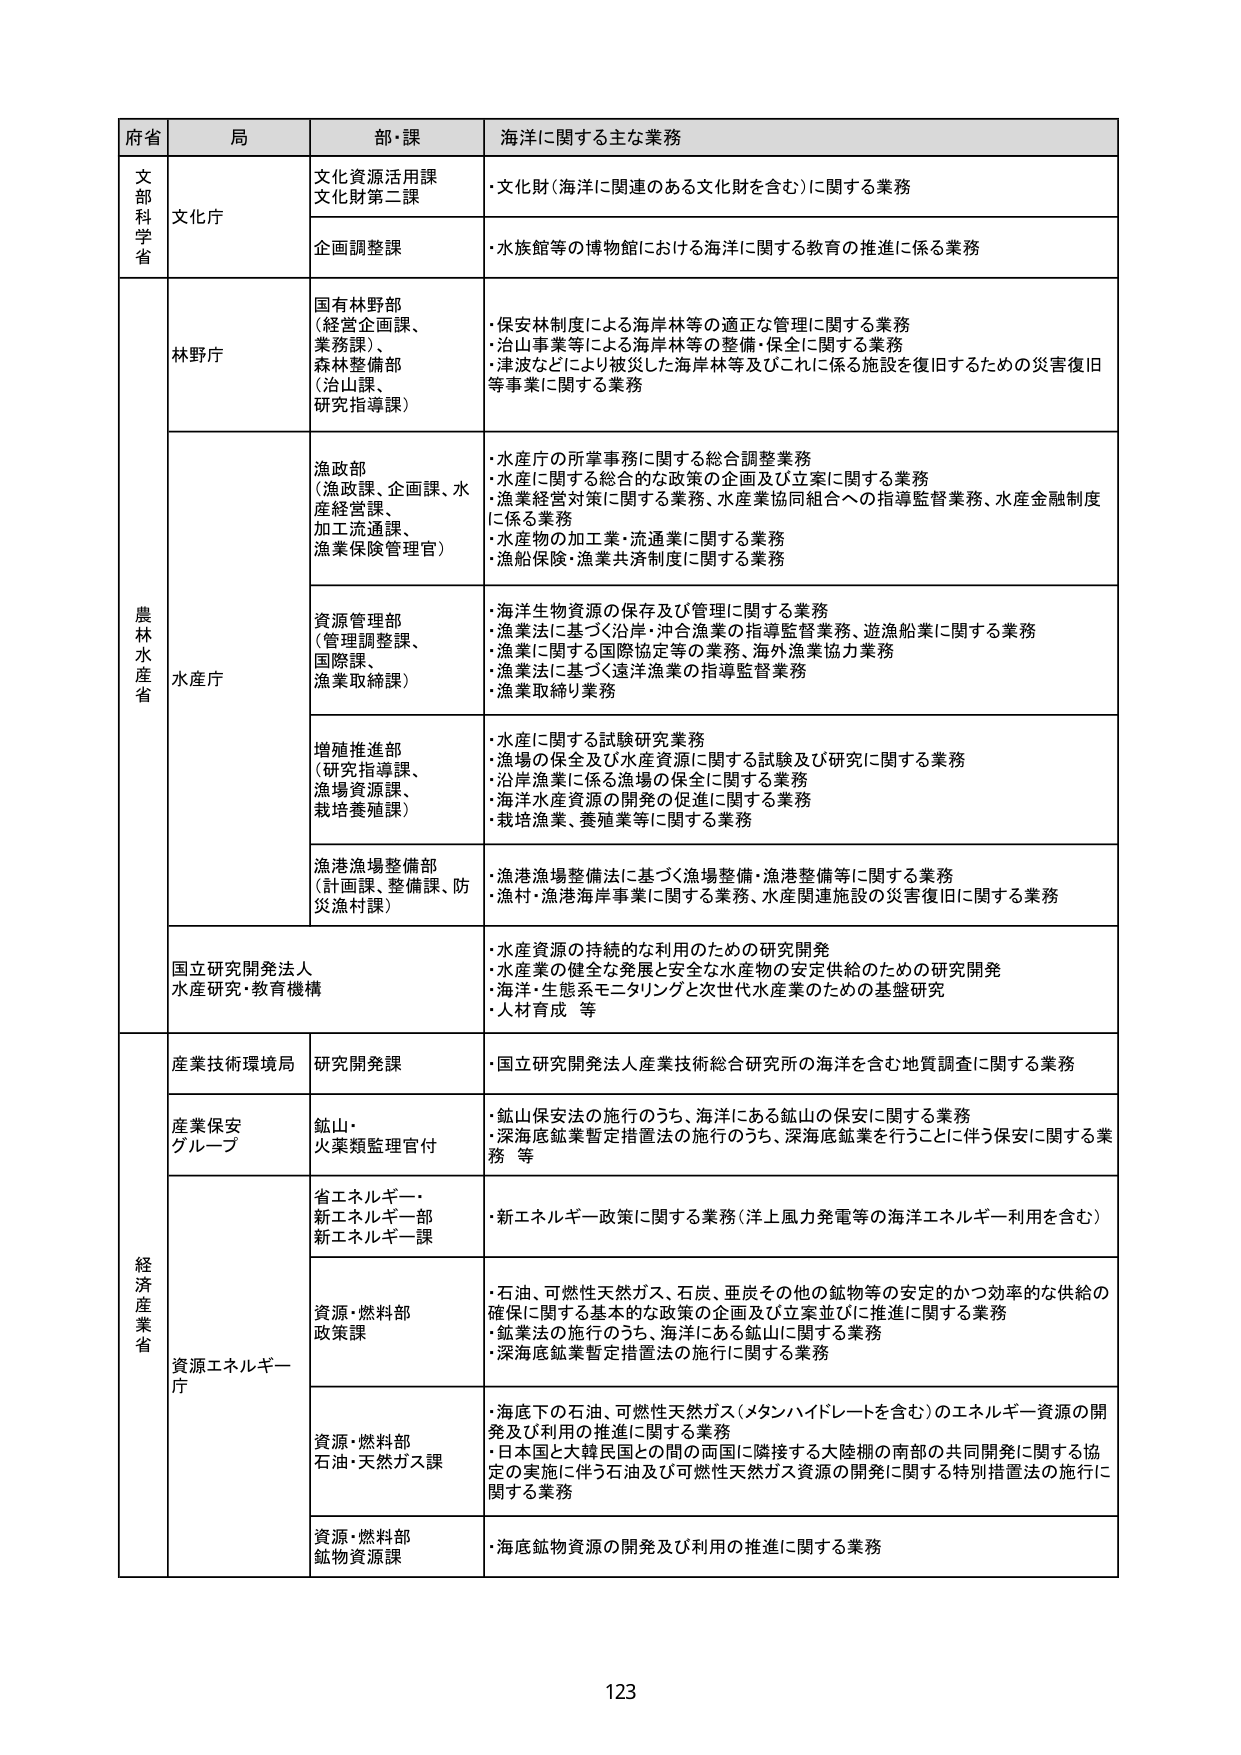
府省 局 部・課 海洋に関する主な業務
文部科学省 文化庁 文化資源活用課 文化財第二課 ・文化財（海洋に関連のある文化財を含む）に関する業務
企画調整課 ・水族館等の博物館における海洋に関する教育の推進に係る業務
林野庁 国有林野部 （経営企画課、 業務課）、 森林整備部 （治山課、 研究指導課） ・保安林制度による海岸林等の適正な管理に関する業務 ・治山事業等による海岸林等の整備・保全に関する業務 ・津波などにより被災した海岸林等及びこれに係る施設を復旧するための災害復旧等事業に関する業務
農林水産省 水産庁 漁政部 （漁政課、企画課、水 産経営課、 加工流通課、 漁業保険管理官） ・水産庁の所掌事務に関する総合調整業務 ・水産に関する総合的な政策の企画及び立案に関する業務 ・漁業経営対策に関する業務、水産業協同組合への指導監督業務、水産金融制度 に係る業務 ・水産物の加工業・流通業に関する業務 ・漁船保険・漁業共済制度に関する業務
資源管理部 （管理調整課、 国際課、 漁業取締課） ・海洋生物資源の保存及び管理に関する業務 ・漁業法に基づく沿岸・沖合漁業の指導監督業務、遊漁船業に関する業務 ・漁業に関する国際協定等の業務、海外漁業協力業務 ・漁業法に基づく遠洋漁業の指導監督業務 ・漁業取締り業務
増殖推進部 （研究指導課、 漁場資源課、 栽培養殖課） ・水産に関する試験研究業務 ・漁場の保全及び水産資源に関する試験及び研究に関する業務 ・沿岸漁業に係る漁場の保全に関する業務 ・海洋水産資源の開発の促進に関する業務 ・栽培漁業、養殖業等に関する業務
漁港漁場整備部 （計画課、整備課、防 災漁村課） ・漁港漁場整備法に基づく漁場整備・漁港整備等に関する業務 ・漁村・漁港海岸事業に関する業務、水産関連施設の災害復旧に関する業務
国立研究開発法人 水産研究・教育機構 ・水産資源の持続的な利用のための研究開発 ・水産業の健全な発展と安全な水産物の安定供給のための研究開発 ・海洋・生態系モニタリングと次世代水産業のための基盤研究 ・人材育成 等
経済産業省 産業技術環境局 研究開発課 ・国立研究開発法人産業技術総合研究所の海洋を含む地質調査に関する業務
産業保安 グループ 鉱山・ 火薬類監理官付 ・鉱山保安法の施行のうち、海洋にある鉱山の保安に関する業務 ・深海底鉱業暫定措置法の施行のうち、深海底鉱業を行うことに伴う保安に関する業務 等
資源エネルギー庁 省エネルギー・ 新エネルギー部 新エネルギー課 ・新エネルギー政策に関する業務（洋上風力発電等の海洋エネルギー利用を含む）
資源・燃料部 政策課 ・石油、可燃性天然ガス、石炭、亜炭その他の鉱物等の安定的かつ効率的な供給の 確保に関する基本的な政策の企画及び立案並びに推進に関する業務 ・鉱業法の施行のうち、海洋にある鉱山に関する業務 ・深海底鉱業暫定措置法の施行に関する業務
資源・燃料部 石油・天然ガス課 ・海底下の石油、可燃性天然ガス（メタンハイドレートを含む）のエネルギー資源の開 発及び利用の推進に関する業務 ・日本国と大韓民国との間の両国に隣接する大陸棚の南部の共同開発に関する協 定の実施に伴う石油及び可燃性天然ガス資源の開発に関する特別措置法の施行に 関する業務
資源・燃料部 鉱物資源課 ・海底鉱物資源の開発及び利用の推進に関する業務
123